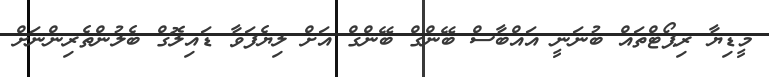
މީޑިޔާ ރިޕޯޓްތައް ބުނަނީ އައްބާސް ބޭންގް ބޭންގް އަށް ލިޔެފަވާ ޑައިލޮގް ބެލުންތެރިންނަށް